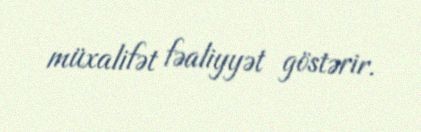
müxalifət fəaliyyət göstərir.